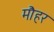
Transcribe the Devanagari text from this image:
मौहर